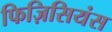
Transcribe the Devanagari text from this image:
फिज़िसियंस